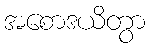
အစောဒယိတွာ